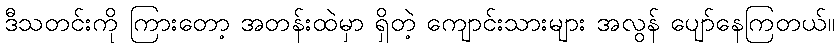
ဒီသတင်းကို ကြားတော့ အတန်းထဲမှာ ရှိတဲ့ ကျောင်းသားများ အလွန် ပျော်နေကြတယ်။